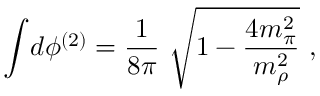
\int \! d \phi ^ { ( 2 ) } = \frac { 1 } { 8 \pi } \ \sqrt { 1 - \frac { 4 m _ { \pi } ^ { 2 } } { m _ { \rho } ^ { 2 } } } \ ,